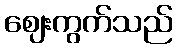
ဈေးကွက်သည်